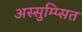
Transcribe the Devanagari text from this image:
अस्सुम्प्सित